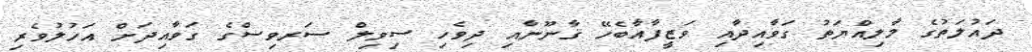
ދައުލަތުގެ މާލިއްޔަތު ގަވާއިދާއި ވަޒީފާއާބެހޭ ޤާނޫނާއި ދިވެހި ސިވިލް ސަރވިސްގެ ގަވާއިދަށް އަހުލުވެރި